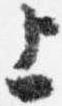
上